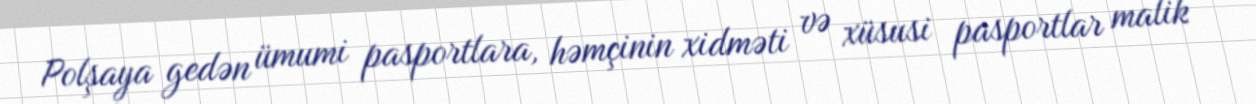
Polşaya gedən ümumi pasportlara, həmçinin xidməti və xüsusi pasportlar malik